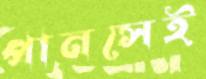
পানসেই